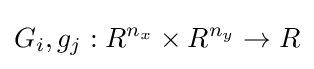
G_{i},g_{j}:R^{n_{x}}\times R^{n_{y}}\to R